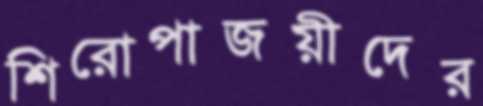
শিরোপাজয়ীদের